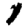
Digit: 1